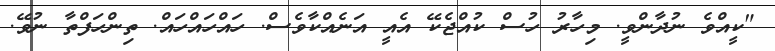
"ކީއްވެ ނުދާންވީ. މިހާރު ހުސް ކުއްޖެކޭ އެއީ އަނެއްކާވެސް. ހައްހައްހައް. ތިންހަފްތާ ނުވޭ.